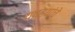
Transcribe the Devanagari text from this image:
यष्ट्यांचे